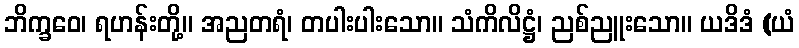
ဘိက္ခဝေ၊ ရဟန်းတို့။ အညတရံ၊ တပါးပါးသော။ သံကိလိဋ္ဌံ၊ ညစ်ညူးသော။ ယဒိဒံ (ယံ